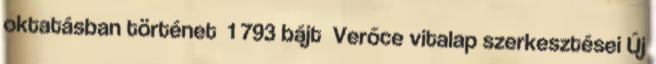
oktatásban történet ‎ 1 793 bájt ‎Verőce vitalap szerkesztései Új